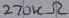
Text: 270kΩ